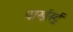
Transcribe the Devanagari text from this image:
पार्खर्स्ट्र